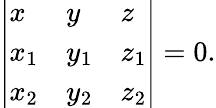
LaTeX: \left|{\begin{array}{lll}{x}&{y}&{z}\\ {x_{1}}&{y_{1}}&{z_{1}}\\ {x_{2}}&{y_{2}}&{z_{2}}\end{array}}\right|=0.